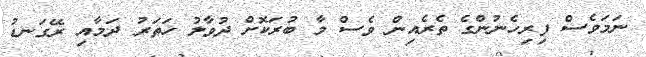
ނަމަވެސް ފިރިހެނުންގެ ތެރެއިން ވެސް މާ ބުރަކޮށް ދުވާލު ހަތަރު ދަމާއި ރޭގަނޑު